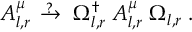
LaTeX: A _ { l , r } ^ { \mu } \; \; { \, } ^ { ? } { \! \! \! \! \! \! \ \rightarrow } \; \; \Omega _ { l , r } ^ { \dagger } \; A _ { l , r } ^ { \mu } \; \Omega _ { l , r } \; .